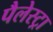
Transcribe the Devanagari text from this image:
पैलेस्ट्रा